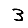
Digit: 3